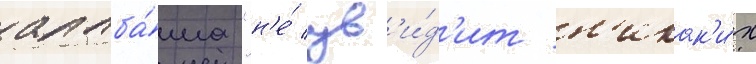
алаба́ма "н'е́ ув'и́д'ит н'икак'и́х